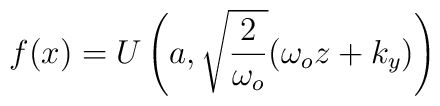
f(x)=U\left( a,\sqrt{\frac{2}{\omega _{o}}}(\omega _{o}z+k_{y})\right)